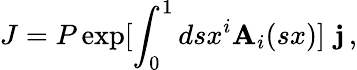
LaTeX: J=P\exp[\int_{0}^{1}dsx^{i}\mathbf{A}_{i}(sx)]\, \, \mathbf{j}\, ,